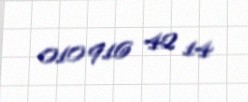
010 916 42 14